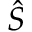
\hat { S }